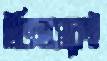
ইতিহাসকেই